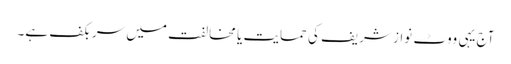
آج یہی ووٹ نواز شریف کی حمایت یا مخالفت میں سر بکف ہے۔